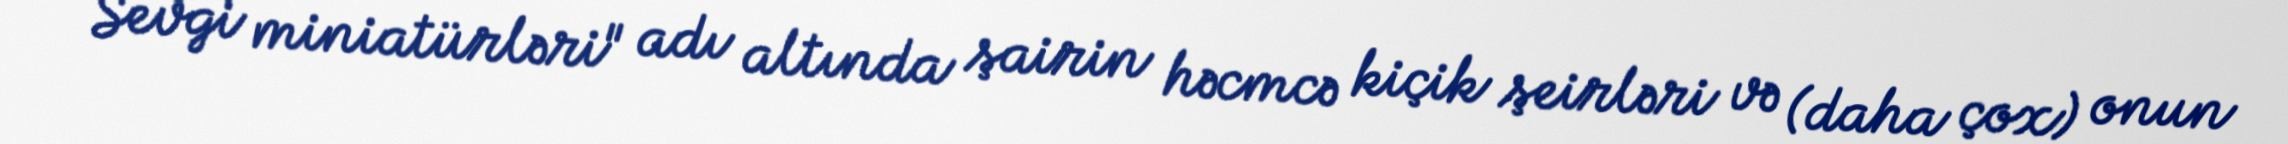
Sevgi miniatürləri" adı altında şairin həcmcə kiçik şeirləri və (daha çox) onun